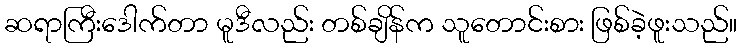
ဆရာကြီးဒေါက်တာ မူဒီလည်း တစ်ချိန်က သူတောင်းစား ဖြစ်ခဲ့ဖူးသည်။